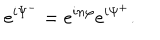
e ^ { i \Psi ^ { - } } = e ^ { i n \varphi } e ^ { i \Psi ^ { + } } .